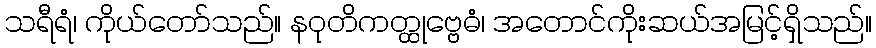
သရီရံ၊ ကိုယ်တော်သည်။ နဝုတိကတ္ထုဗ္ဗေဓံ၊ အတောင်ကိုးဆယ်အမြင့်ရှိသည်။